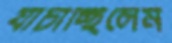
যাচাচ্ছিলেম